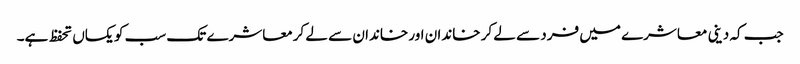
جب کہ دینی معاشرے میں فرد سے لے کر خاندان اور خاندان سے لے کرمعاشرے تک سب کو یکساں تحفظ ہے۔